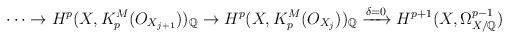
LaTeX: \begin{align*}\cdots \to H^{p}(X, K^{M}_{p}(O_{X_{j+1}}))_{\mathbb{Q}} \to H^{p}(X, K^{M}_{p}(O_{X_{j}}))_{\mathbb{Q}} \xrightarrow{\delta =0} H^{p+1}(X, \Omega^{p-1}_{X/ \mathbb{Q}})\end{align*}